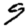
Digit: 9